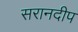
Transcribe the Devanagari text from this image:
सरानदीप